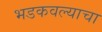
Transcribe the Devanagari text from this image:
भडकवल्याचा